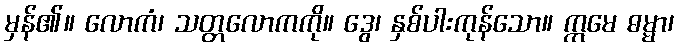
မှန်၏။ လောကံ၊ သတ္တလောကကို။ ဒွေ၊ နှစ်ပါးကုန်သော။ ဣမေ ဓမ္မာ၊